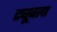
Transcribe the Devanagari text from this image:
ट्यूबला